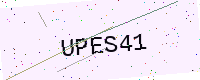
Text: UPES41